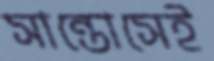
সান্তোসেই